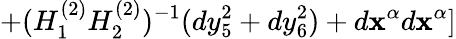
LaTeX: +(H_{1}^{(2)}H_{2}^{(2)})^{-1}(dy_{5}^{2}+dy_{6}^{2})+d\mathbf{x}^{\alpha}d\mathbf{x}^{\alpha}]